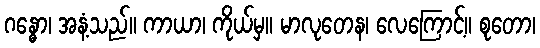
ဂန္ဓော၊ အနံ့သည်။ ကာယာ၊ ကိုယ်မှ။ မာလုတေန၊ လေကြောင့်။ စုတော၊